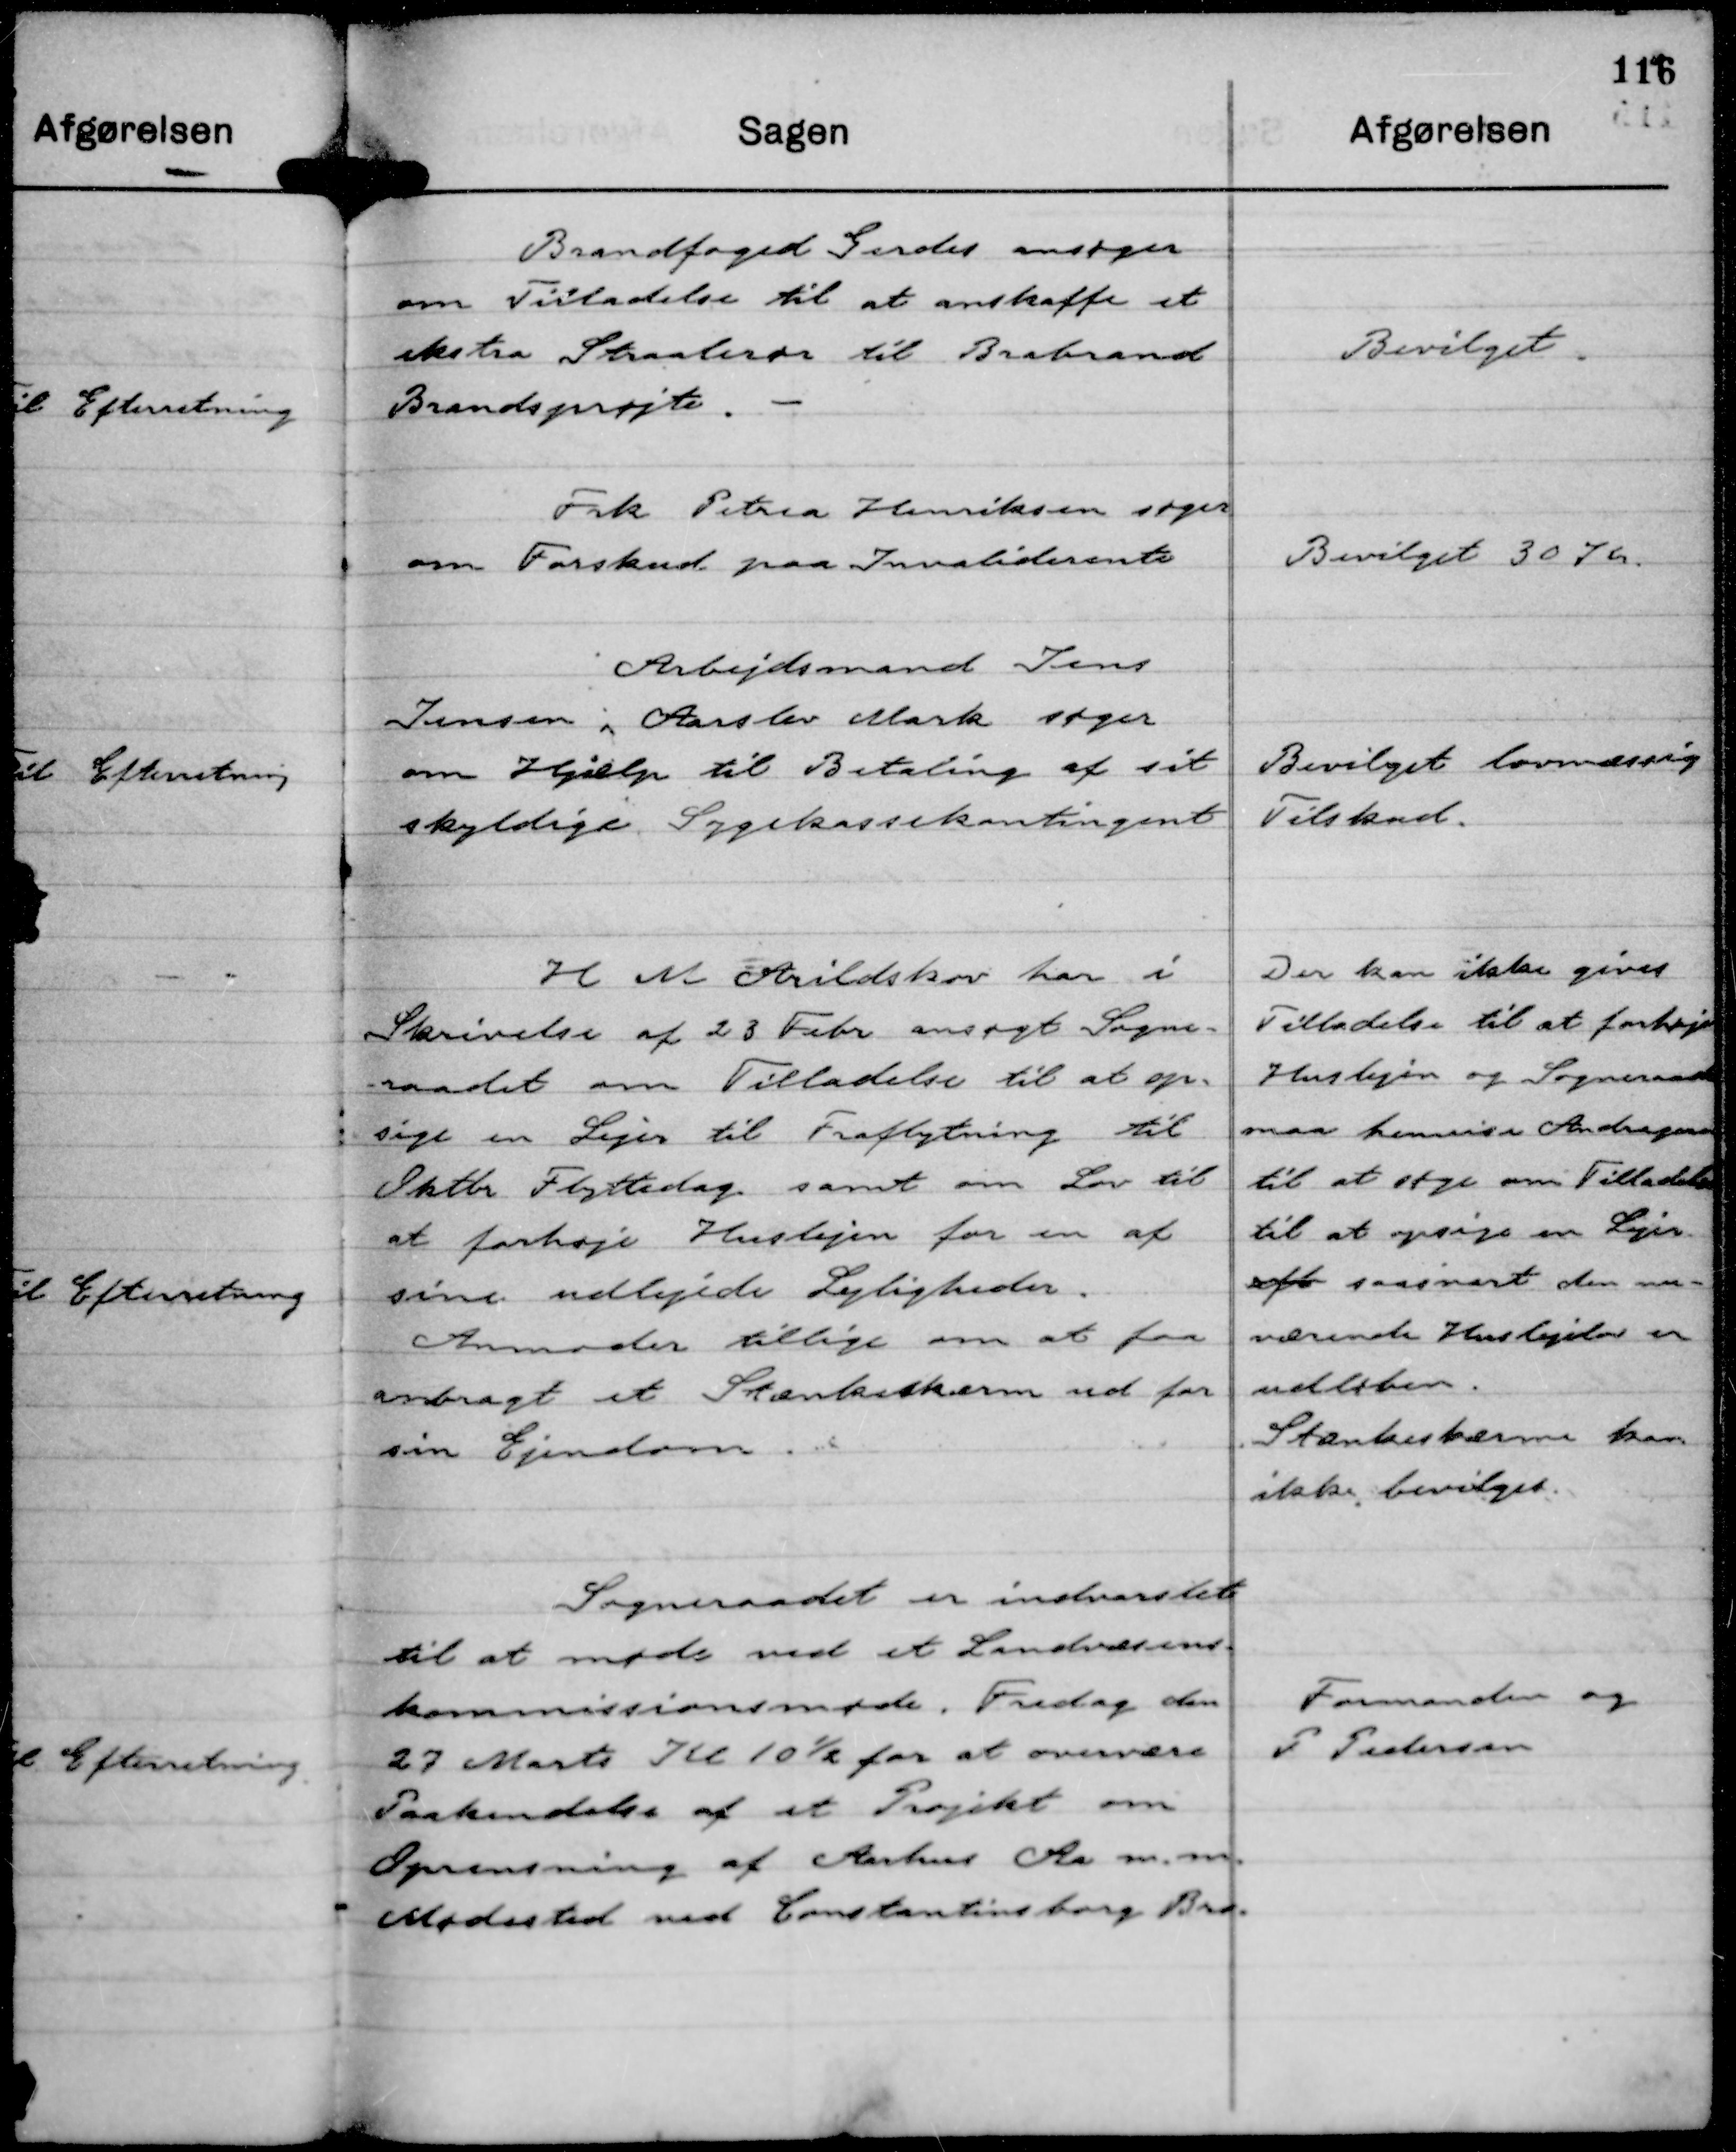
Transskription:
Brandfoged Gerdes ansøger
om Tilladelse til at anskaffe et
ekstra Straalerør til Brabrand
Brandsprøjte.

Bevilget.

Frk Petrea Henriksen søger
om Forskud paa Invaliderente.

Bevilget 30 Kr.

Arbejdsmand Jens
Jensen i Aarslev Mark søger
om Hjælp til Betaling af sit
skyldige Sygekassekontingent

Bevilget lovmæssig
Tilskud.

H M Arildskov har i
Skrivelse af 28 Febr ansøgt Sogne-
raadet om Tilladelse til at op-
sige en Lejer til Fraflytning til
Oktbr Flyttedag samt om Lov til
at forhøje Huslejen for en af
sine udlejede Lejligheder.
Anmoder tillige om at faa
anbragt et Stænksskærm ud for
sin Ejendom.

Der kan ikke gives
Tilladelse til at forhøje
Huslejen og Sogneraadet
maa henvise Andrageren
til at søge om Tilladelse
til at opsige en Lejer
eft saasnart den nu-
værende Huslejelov er
udløben.
Stænksskærme kan
ikke bevilges.

Sogneraadet er indvarslet
til at møde ved et Landvæsens-
kommissionsmøde Fredag den
27 Marts Kl 10½ for at overvære
Paakendelse af et Projekt om
Oprensning af Aarhus Aa m. m.
Mødested ved Constantinsborg Bro.

Formanden og
P Pedersen